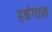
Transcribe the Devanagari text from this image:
हर्षगान